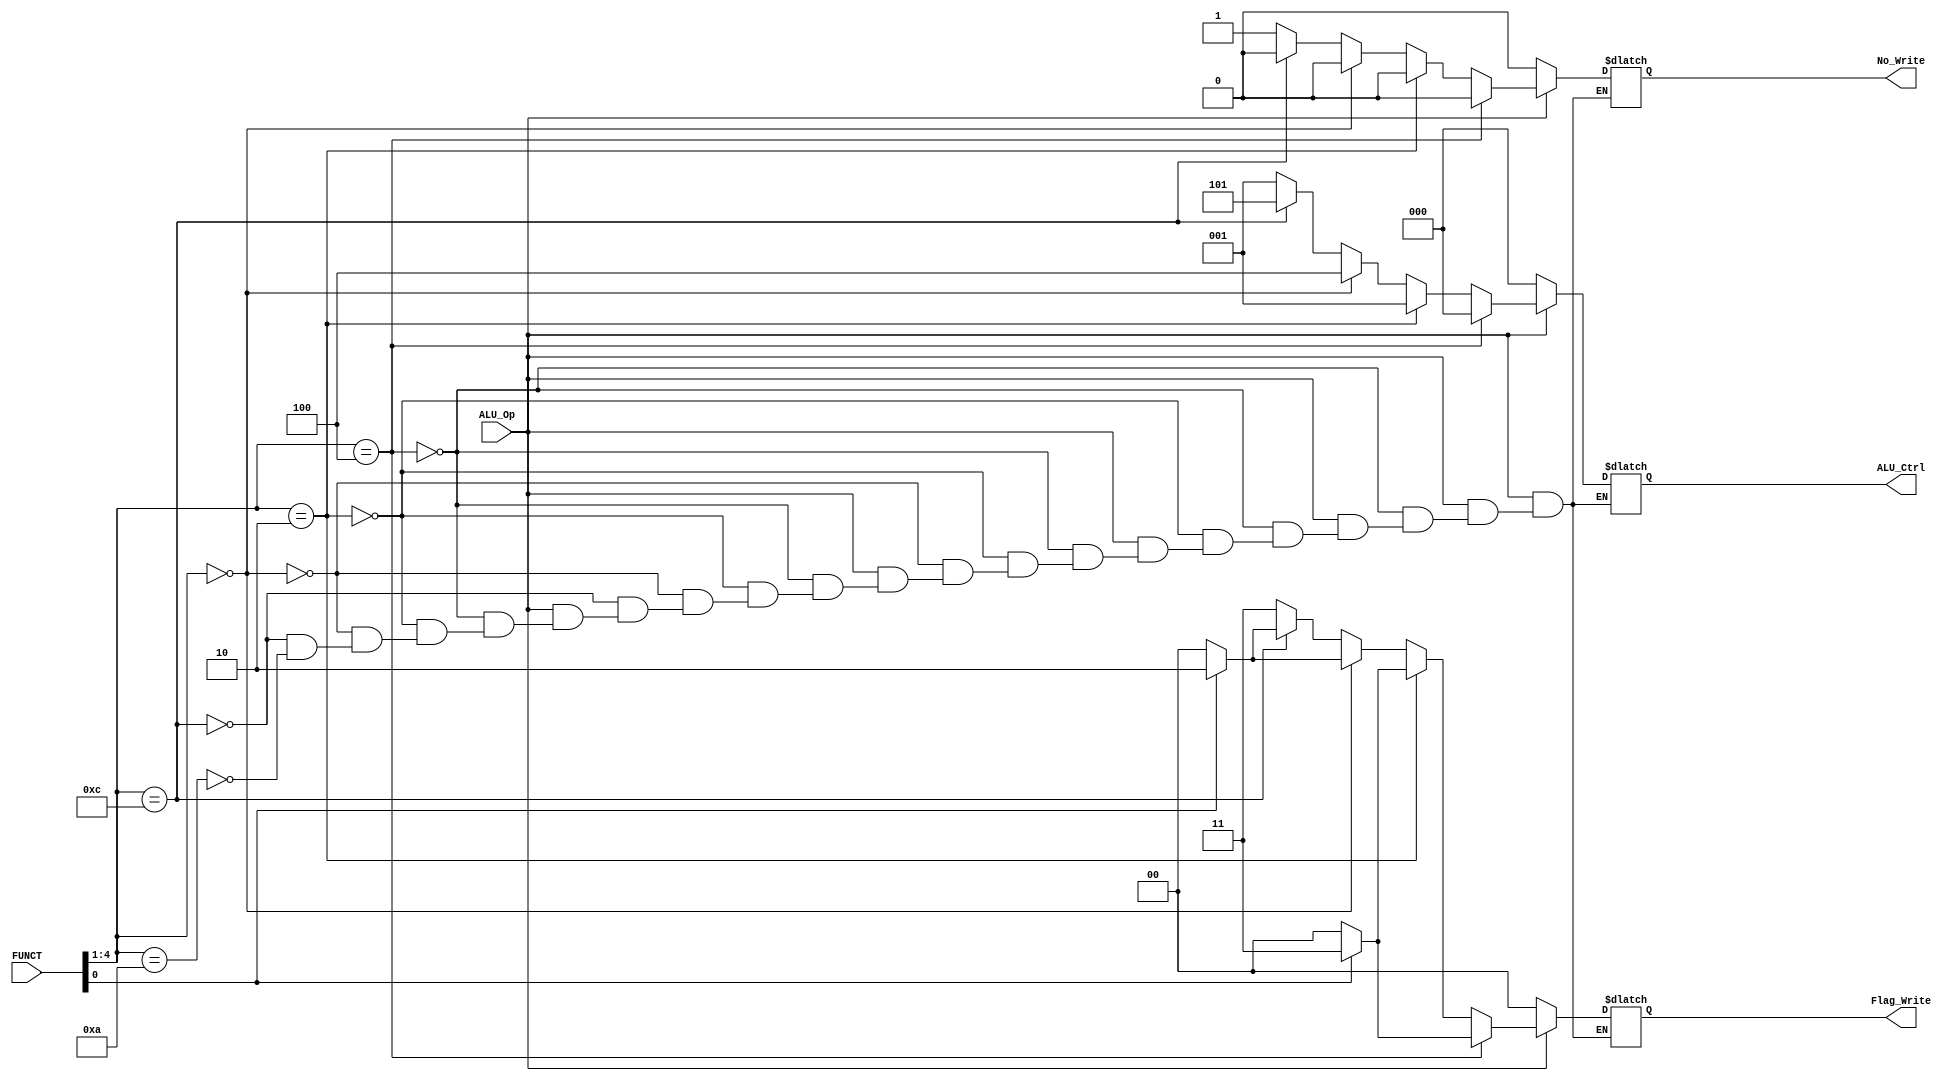
module ALU_DECODER(
input [4:0] FUNCT,
input ALU_Op,
output reg [2:0] 	ALU_Ctrl,
output reg [1:0] 	Flag_Write,
output reg 	No_Write
);

	
always @ (FUNCT or ALU_Op)
	begin

		if(!ALU_Op) //here is written to secure the condition that there is no data procesing instruction
		begin
			ALU_Ctrl = 3'b000;
			No_Write = 0;
			Flag_Write = 2'b00;
		end 
		else 
		begin
			//ADD instruction
			if(FUNCT[4:1] == 4'b0100) 
			begin
				ALU_Ctrl = 3'b000;
				No_Write = 0;
				Flag_Write = FUNCT[0] ? 2'b11 : 2'b00;
			//SUB Instruciton
			end 
			else if(FUNCT[4:1] == 4'b0010) 
			begin
				ALU_Ctrl = 3'b001;
				No_Write = 0;
				Flag_Write = FUNCT[0] ? 2'b11 : 2'b00;
			//AND Instruction
			end 
			else if(FUNCT[4:1] == 4'b0000) 
			begin
				ALU_Ctrl = 3'b100;
				No_Write = 0;
				Flag_Write = FUNCT[0] ? 2'b10 : 2'b00;
			//ORR Instruction
			end 
			else if(FUNCT[4:1] == 4'b1100) 
			begin
				ALU_Ctrl = 3'b101;
				No_Write = 0;
				Flag_Write = FUNCT[0] ? 2'b10 : 2'b00;
			//CMP Instruciton
			end 
			else if(FUNCT[4:1] == 4'b1010) 
			begin
				ALU_Ctrl = 3'b001;
				No_Write = 1;
				Flag_Write = 2'b11;
			end
		end
	end	
endmodule